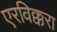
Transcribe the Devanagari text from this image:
एरविक्करा